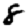
Digit: 8